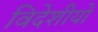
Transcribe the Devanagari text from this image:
विदेशीयों